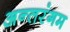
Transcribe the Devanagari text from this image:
अन्तरंगम